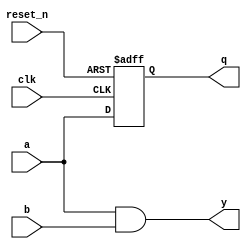
module behavioral_model (
    input wire clk,        // Clock input
    input wire reset_n,    // Active-low reset
    input wire a,          // Input signal a
    input wire b,          // Input signal b
    output reg q,          // Output signal
    output reg y           // Combinational output
);

    // Sequential logic: Capture the state of 'a' and 'b' on the rising edge of the clock
    always @(posedge clk or negedge reset_n) begin
        if (!reset_n) begin
            // Reset condition: set q to 0
            q <= 1'b0;
        end else begin
            // Capture the input signal 'a' on clock edge
            q <= a;
        end
    end

    // Combinational logic: Output 'y' based on inputs 'a' and 'b'
    always @(a or b) begin
        // Compute output 'y' based on a combinational logic expression
        y = a & b; // Example: AND logic between signals a and b
    end

endmodule